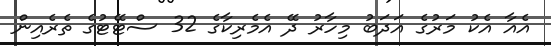
އެއާ އެކު މަރުގެ އަދަބު މިހާރު ދޭ އެމެރިކާގެ 32 ސްޓޭޓުގެ ތެރެއިން